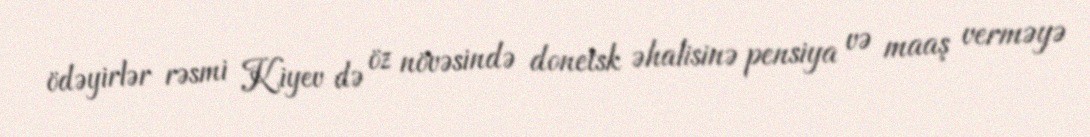
ödəyirlər rəsmi Kiyev də öz növəsində donetsk əhalisinə pensiya və maaş verməyə